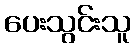
ပေးသွင်းသူ